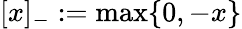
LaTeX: [x]_{-}:=\operatorname*{max}\{ 0,-x\}